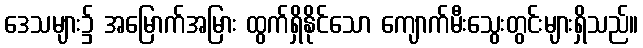
ဒေသများ၌ အမြောက်အမြား ထွက်ရှိနိုင်သော ကျောက်မီးသွေးတွင်းများရှိသည်။